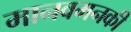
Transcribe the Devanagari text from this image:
मानवमनकी